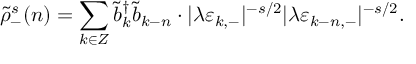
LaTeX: \tilde { \rho } _ { - } ^ { s } ( n ) = \sum _ { k \in \cal Z } \tilde { b } _ { k } ^ { \dagger } \tilde { b } _ { k - n } \cdot | \lambda \varepsilon _ { k , - } | ^ { - s / 2 } | \lambda \varepsilon _ { k - n , - } | ^ { - s / 2 } .